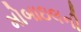
મોબાઇલની